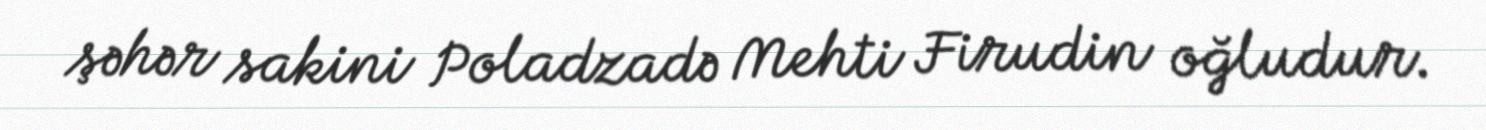
şəhər sakini Poladzadə Mehti Firudin oğludur.